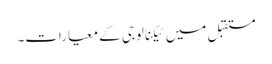
مستقبل میں ٹیکنالوجی کے معیارات۔